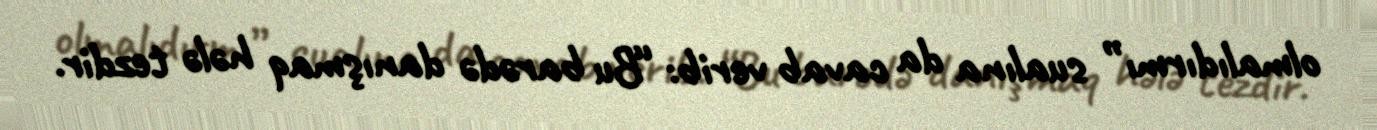
olmalıdırmı” sualına da cavab verib: “Bu barədə danışmaq hələ tezdir.